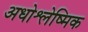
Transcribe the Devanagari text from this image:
अधोश्लेष्मिक